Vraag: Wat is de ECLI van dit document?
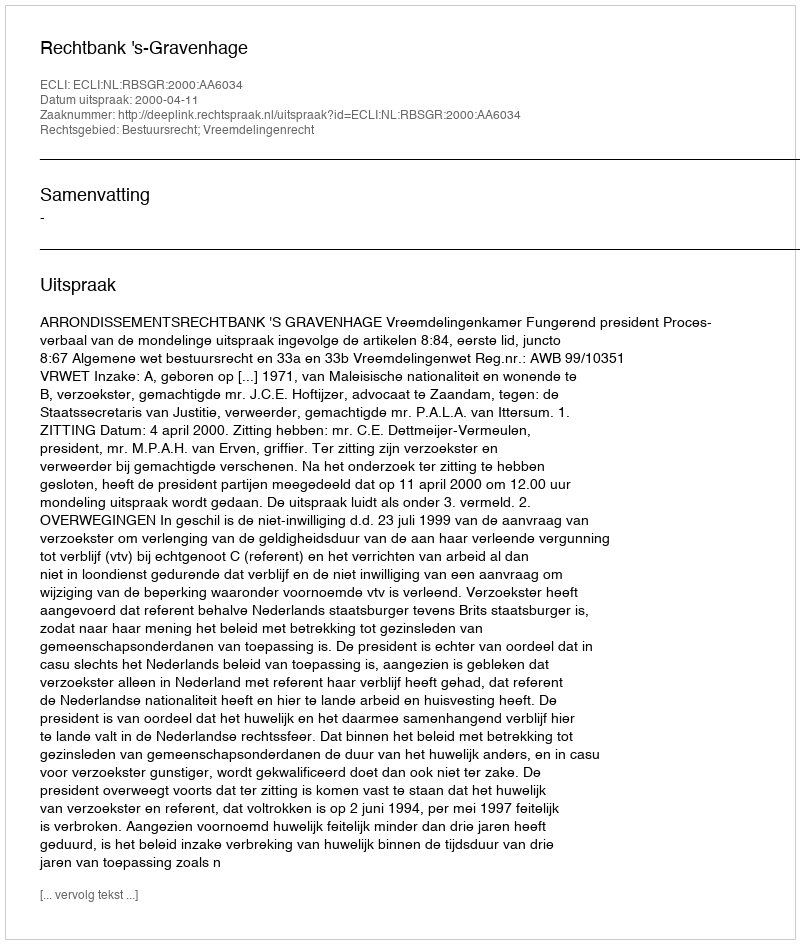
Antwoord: ECLI:NL:RBSGR:2000:AA6034